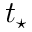
t _ { \star }